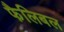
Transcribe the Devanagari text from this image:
फैलिबल